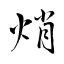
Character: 焇